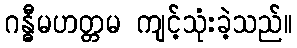
ဂန္ဓီမဟတ္တမ ကျင့်သုံးခဲ့သည်။